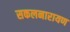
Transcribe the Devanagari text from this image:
सकलनारायण